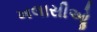
ખલાસીઓૢ